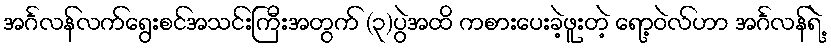
အင်္ဂလန်လက်ရွေးစင်အသင်းကြီးအတွက် (၃)ပွဲအထိ ကစားပေးခဲ့ဖူးတဲ့ ရော့ဝဲလ်ဟာ အင်္ဂလန်ရဲ့